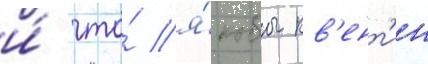
и́ что́ я́кобы кв'ент'ин